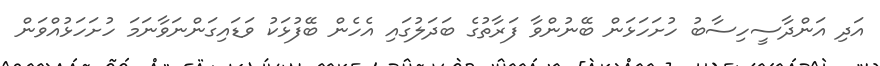
އަދި އަންދާސީހިސާބު ހުށަހަޅަން ބޭނުންވާ ފަރާތުގެ ބަދަލުގައި އެހެން ބޭފުޅަކު ވަޑައިގަންނަވާނަމަ ހުށަހަޅުއްވަން